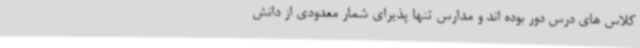
کلاس های درس دور بوده اند و مدارس تنها پذیرای شمار معدودی از دانش